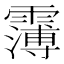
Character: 𩅿